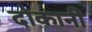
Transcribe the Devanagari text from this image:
दोकानी